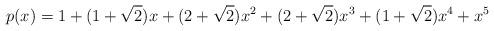
LaTeX: \begin{align*} p (x) = 1 + (1 + \sqrt{2}) x + (2 + \sqrt{2}) x^2 + (2 + \sqrt{2}) x^3 + (1 + \sqrt{2}) x^4 + x^5 \end{align*}